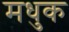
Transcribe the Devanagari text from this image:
मधुक